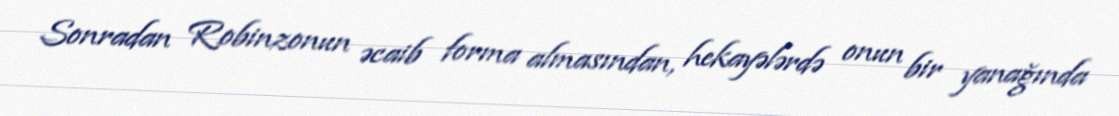
Sonradan Robinzonun əcaib forma almasından, hekayələrdə onun bir yanağında